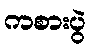
ကစားပွဲ